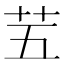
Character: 𫇩